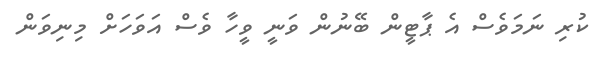
ކުރި ނަމަވެސް އެ ޕާޓީން ބޭނުން ވަނީ ވީހާ ވެސް އަވަހަށް މިނިވަން